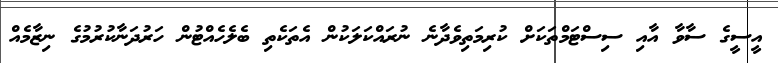
އީސީގެ ސާވާ އާއި ސިސްޓަމްތަކަށް ކުރިމަތިވެދާނެ ނުރައްކަލަކުން އެތަކެތި ބެލެހެއްޓުން ހަރުދަނާކުރުމުގެ ނިޒާމެއް